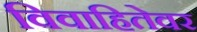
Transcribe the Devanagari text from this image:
विवाहितेवर